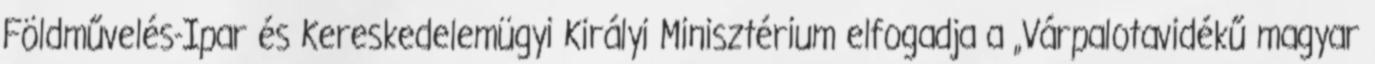
Földművelés-Ipar és Kereskedelemügyi Királyi Minisztérium elfogadja a „Várpalotavidékű magyar